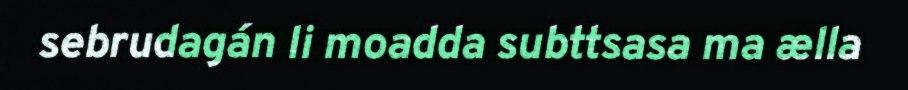
sebrudagán li moadda subttsasa ma ælla